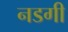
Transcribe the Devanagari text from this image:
नडगी